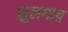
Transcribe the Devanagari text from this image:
सुलगाव